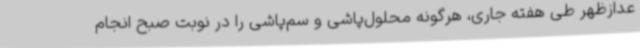
عدازظهر طی هفته جاری، هرگونه محلول‌پاشی و سم‌پاشی را در نوبت صبح انجام